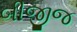
બીજીજ